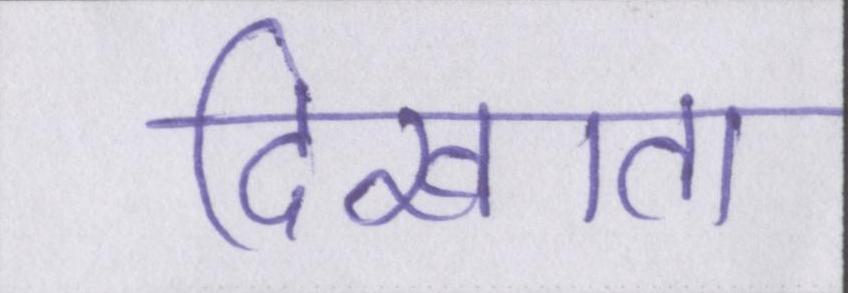
दिखाता